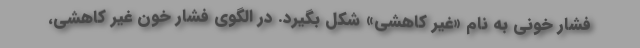
فشار خونی به نام «غیر کاهشی» شکل بگیرد. در الگوی فشار خون غیر کاهشی،